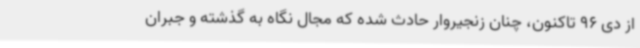
از دی 96 تاکنون، چنان زنجیروار حادث شده که مجال نگاه به گذشته و جبران